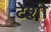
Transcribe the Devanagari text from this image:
टेशी